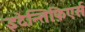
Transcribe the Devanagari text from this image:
इदेन्तिफ़िएर्स